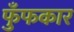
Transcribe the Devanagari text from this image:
फुँफकार